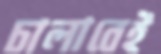
চালাবেই